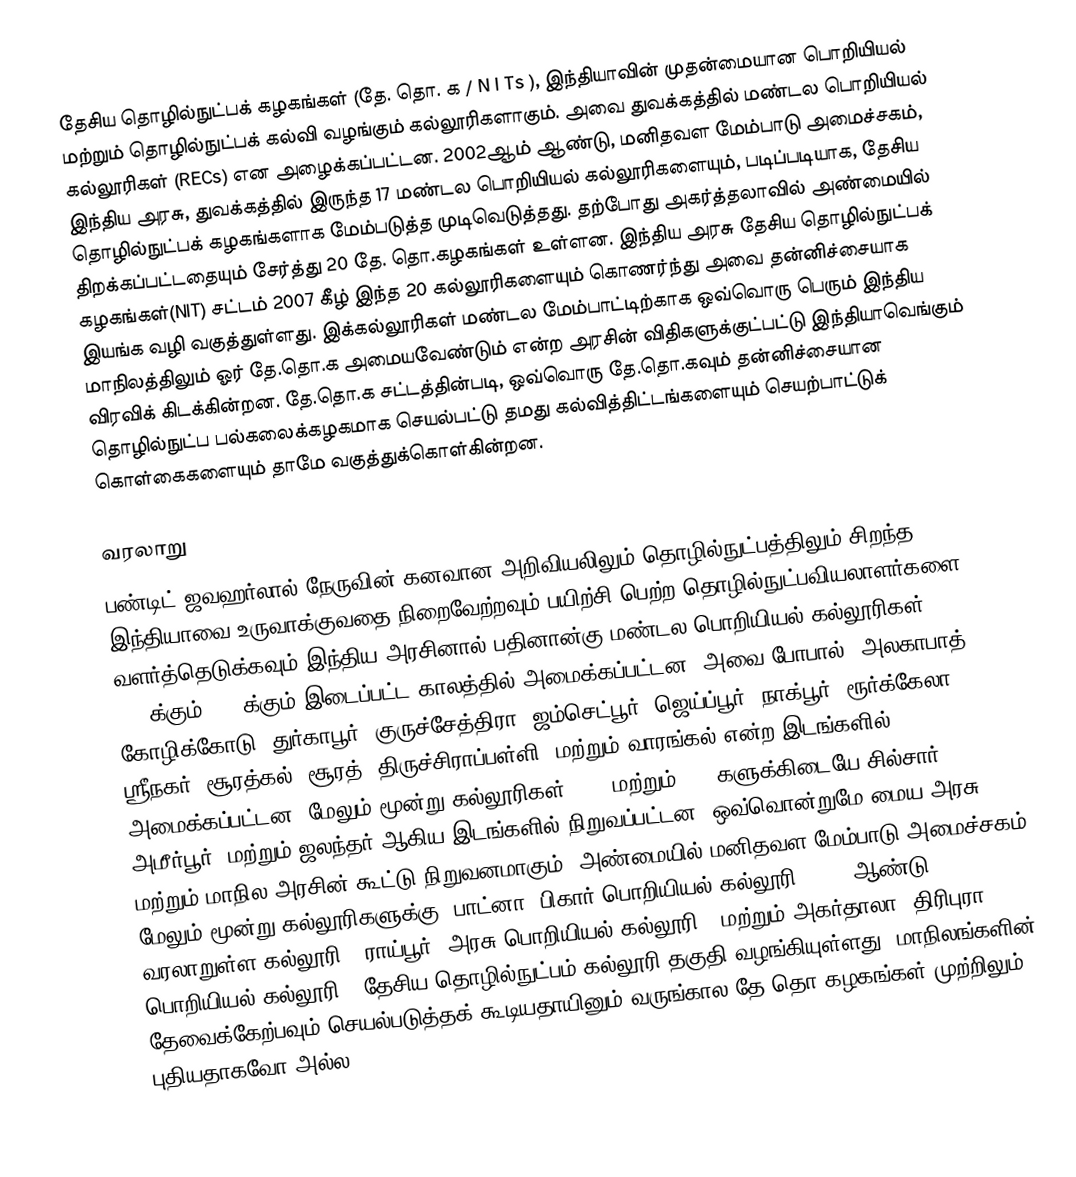
தேசிய தொழில்நுட்பக் கழகங்கள்   (தே. தொ. க / N I Ts ), இந்தியாவின் முதன்மையான பொறியியல் மற்றும் தொழில்நுட்பக் கல்வி வழங்கும் கல்லூரிகளாகும்.  அவை துவக்கத்தில் மண்டல பொறியியல் கல்லூரிகள்   (RECs) என அழைக்கப்பட்டன. 2002ஆம் ஆண்டு, மனிதவள மேம்பாடு அமைச்சகம், இந்திய அரசு, துவக்கத்தில் இருந்த 17   மண்டல பொறியியல் கல்லூரிகளையும், படிப்படியாக, தேசிய தொழில்நுட்பக் கழகங்களாக மேம்படுத்த முடிவெடுத்தது.  தற்போது  அகர்த்தலாவில் அண்மையில் திறக்கப்பட்டதையும் சேர்த்து 20  தே. தொ.கழகங்கள் உள்ளன. இந்திய அரசு தேசிய தொழில்நுட்பக் கழகங்கள்(NIT) சட்டம் 2007  கீழ் இந்த 20  கல்லூரிகளையும் கொணர்ந்து அவை தன்னிச்சையாக இயங்க வழி வகுத்துள்ளது. இக்கல்லூரிகள்  மண்டல மேம்பாட்டிற்காக ஒவ்வொரு பெரும் இந்திய மாநிலத்திலும் ஓர் தே.தொ.க அமையவேண்டும் என்ற அரசின் விதிகளுக்குட்பட்டு இந்தியாவெங்கும் விரவிக் கிடக்கின்றன. தே.தொ.க சட்டத்தின்படி, ஒவ்வொரு தே.தொ.கவும் தன்னிச்சையான தொழில்நுட்ப பல்கலைக்கழகமாக செயல்பட்டு தமது கல்வித்திட்டங்களையும் செயற்பாட்டுக் கொள்கைகளையும் தாமே வகுத்துக்கொள்கின்றன.

வரலாறு
பண்டிட் ஜவஹர்லால் நேருவின் கனவான அறிவியலிலும் தொழில்நுட்பத்திலும் சிறந்த இந்தியாவை உருவாக்குவதை நிறைவேற்றவும் பயிற்சி பெற்ற தொழில்நுட்பவியலாளர்களை வளர்த்தெடுக்கவும் இந்திய அரசினால் பதினான்கு மண்டல பொறியியல் கல்லூரிகள் 1959க்கும் 1965க்கும் இடைப்பட்ட காலத்தில் அமைக்கப்பட்டன.  அவை போபால், அலகாபாத், கோழிக்கோடு, துர்காபூர், குருச்சேத்திரா, ஜம்செட்பூர், ஜெய்ப்பூர், நாக்பூர், ரூர்க்கேலா, ஸ்ரீநகர், சூரத்கல், சூரத், திருச்சிராப்பள்ளி, மற்றும் வாரங்கல் என்ற இடங்களில் அமைக்கப்பட்டன. மேலும் மூன்று கல்லூரிகள் 1970 மற்றும் 1990களுக்கிடையே சில்சார், அமீர்பூர், மற்றும் ஜலந்தர் ஆகிய இடங்களில் நிறுவப்பட்டன. ஒவ்வொன்றுமே மைய அரசு மற்றும் மாநில அரசின் கூட்டு நிறுவனமாகும். அண்மையில் மனிதவள மேம்பாடு அமைச்சகம் மேலும் மூன்று கல்லூரிகளுக்கு, பாட்னா (பிகார் பொறியியல் கல்லூரி - 110 ஆண்டு வரலாறுள்ள கல்லூரி), ராய்பூர் (அரசு பொறியியல் கல்லூரி), மற்றும் அகர்தாலா (திரிபுரா பொறியியல் கல்லூரி), தேசிய தொழில்நுட்பம் கல்லூரி தகுதி வழங்கியுள்ளது. மாநிலங்களின் தேவைக்கேற்பவும் செயல்படுத்தக் கூடியதாயினும் வருங்கால தே.தொ.கழகங்கள் முற்றிலும் புதியதாகவோ அல்ல